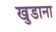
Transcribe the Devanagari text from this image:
खुडाना